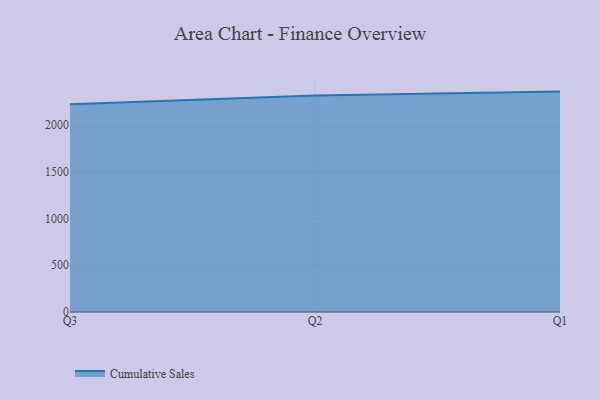
{"axis": {"x": "Quarter", "y": "Conversion Rate (%)"}, "legend": ["Cumulative Sales"], "data": [{"x": "Q3", "y": 2219.2, "type": "Cumulative Sales"}, {"x": "Q2", "y": 2312.9, "type": "Cumulative Sales"}, {"x": "Q1", "y": 2354.7, "type": "Cumulative Sales"}]}